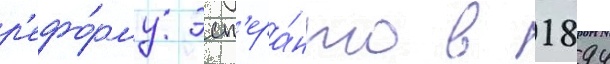
р'ефо́рму эсп'ера́нто в 1894